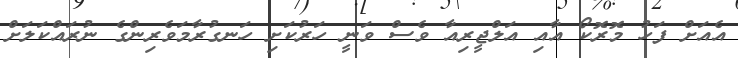
އެއަށް ފަހު މޮރޮކޯ އާއި އަލްޖީރިއާ ވެސް ވަނީ ހަރުކަށި ހަނގުރާމަވެރިންގެ ނުރައްކަލަށް